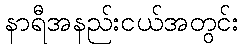
နာရီအနည်းငယ်အတွင်း